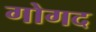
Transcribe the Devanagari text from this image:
गोगद